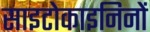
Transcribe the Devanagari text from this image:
साइटोकाइनिनों